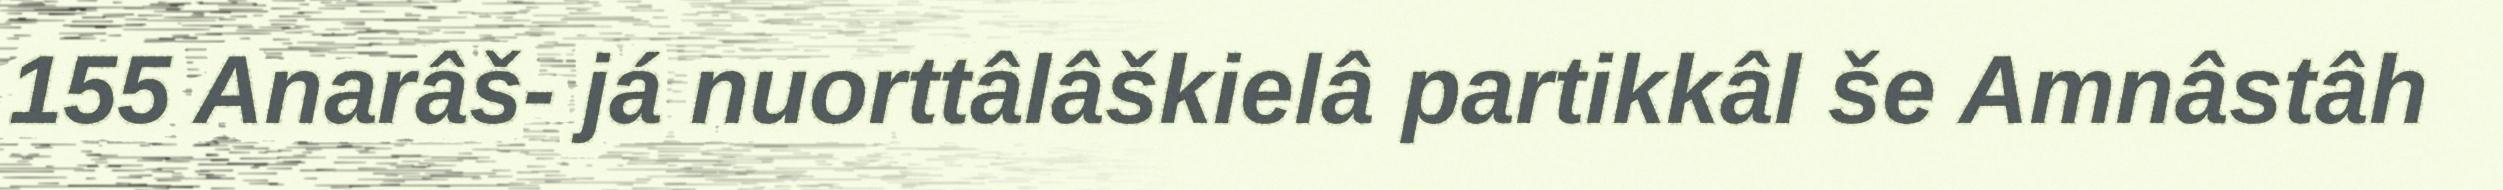
155 Anarâš- já nuorttâlâškielâ partikkâl še Amnâstâh